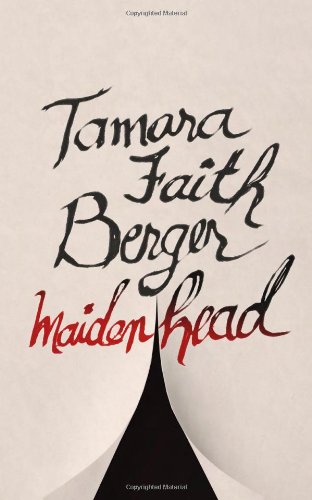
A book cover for Maidenhead; Tamara Faith Berger; Romance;